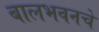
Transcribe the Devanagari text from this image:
बालभवनचे